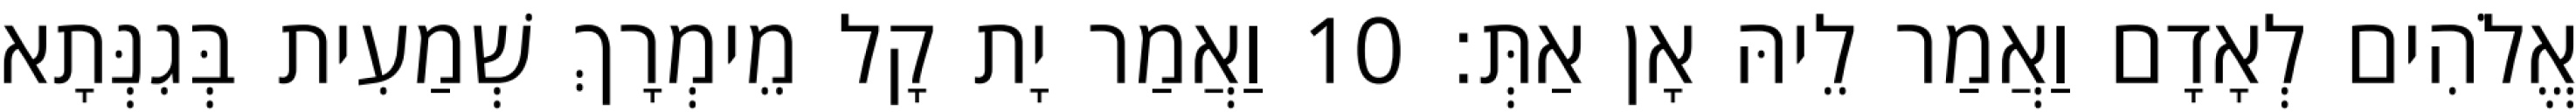
אֱלֹהִים לְאָדָם וַאֲמַר לֵיהּ אָן אַתְּ׃ 10 וַאֲמַר יָת קָל מֵימְרָךְ שְׁמַעִית בְּגִנְּתָא